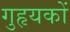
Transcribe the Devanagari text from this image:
गुहृयकों